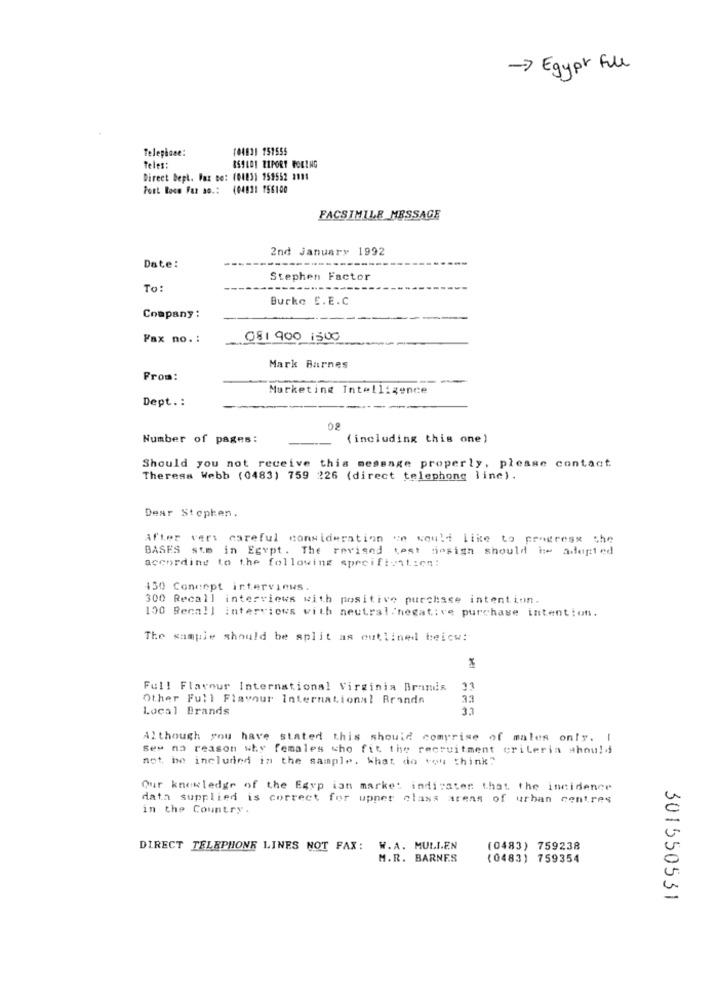
-> Egypt File
Telephone:
10483) 151555
Teles:
859101 RIPORT FOLING
Direct Bept. Paz Bo: (0123) 959552 1111
Port Room Faz ao .: (04831 156100
FACSIMILE MESSAGE
2nd January
1992
Date:
Stephen Factor
To:
Burke E. E.C
Company:
Fax no .:
081 900 1500
Mark Barnes
From:
Marketing Intelligence
Dept .:
08
Number of pages:
(including this one)
Should you not receive this message properly, please contact
Theresa Webb (0483) 759 226 (direct telephone line).
Dear Stephen.
After very careful consideration ve would like to progress the
BASES sto in Egypt. The revised test design should i adopted
according to the following specification:
450 Conunpt interviews.
300 Recall interviews with positive purchase intention.
100 Recall interviews with neutral negative purchase intention.
The sample should be split as outlined beicw:
Full Flavour International Virginia Brandis 33
Other Full Flavour International Brandn
33
Local Brands
3.3
Although you have stated this should comprise of males only. I
Ses na reason why females who fit the recruitment criteria should
not be included in the sample. What do you think"
Our knowledge of the Egyp ian market indicates that the incidence
data supplied is correct for upper class areas of urban centres
in the Country.
DIRECT TELEPHONE LINES NOT FAX:
W.A. MULIEN
(0483) 759238
M.R. BARNES
(0483) 759354
301550531